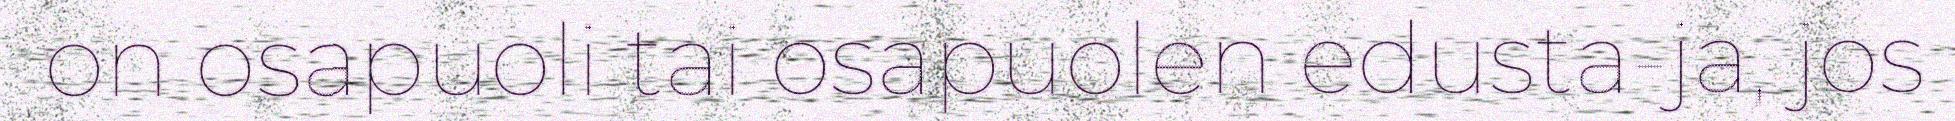
on osapuoli tai osapuolen edusta-ja, jos